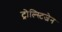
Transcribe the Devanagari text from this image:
ट्रोल्स्टिजेन